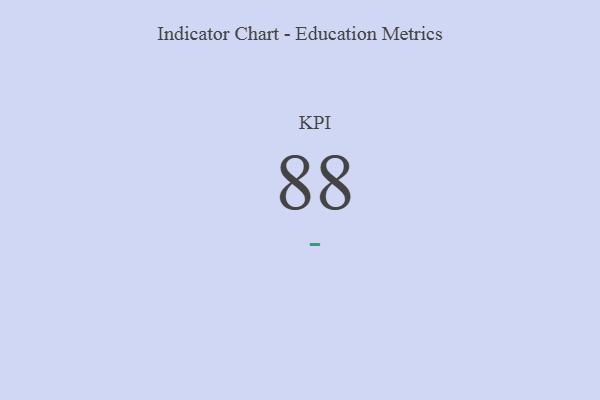
{"axis": {"x": "KPI", "y": "Value"}, "legend": [""], "data": [{"x": "KPI", "y": 88, "type": ""}]}